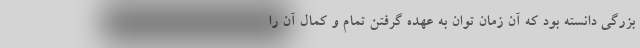
بزرگی دانسته بود که آن زمان توان به عهده گرفتن تمام و کمال آن را